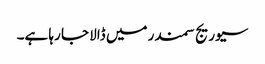
سیوریج سمندر میں ڈالا جا رہا ہے۔